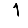
Digit: 1